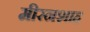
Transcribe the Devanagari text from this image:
मीरनशाह